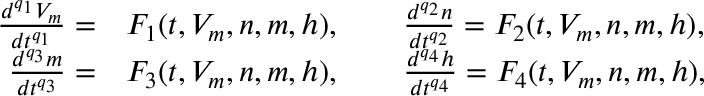
\begin{array} { r l } { \frac { d ^ { q _ { 1 } } V _ { m } } { d t ^ { q _ { 1 } } } = } & { F _ { 1 } ( t , V _ { m } , n , m , h ) , \qquad \frac { d ^ { q _ { 2 } } n } { d t ^ { q _ { 2 } } } = F _ { 2 } ( t , V _ { m } , n , m , h ) , } \\ { \frac { d ^ { q _ { 3 } } m } { d t ^ { q _ { 3 } } } = } & { F _ { 3 } ( t , V _ { m } , n , m , h ) , \qquad \frac { d ^ { q _ { 4 } } h } { d t ^ { q _ { 4 } } } = F _ { 4 } ( t , V _ { m } , n , m , h ) , } \end{array}